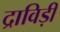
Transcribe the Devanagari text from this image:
द्राविड़ी